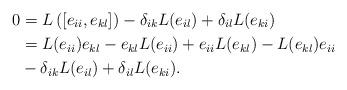
LaTeX: \begin{align*}0&=L\left([e_{ii},e_{kl}]\right)-\delta_{ik}L(e_{il})+\delta_{il}L(e_{ki})\\&=L(e_{ii})e_{kl}-e_{kl}L(e_{ii})+e_{ii}L(e_{kl})-L(e_{kl})e_{ii}\\&-\delta_{ik}L(e_{il})+\delta_{il}L(e_{ki}).\end{align*}